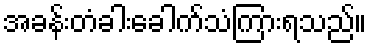
အခန်းတံခါးခေါက်သံကြားရသည်။